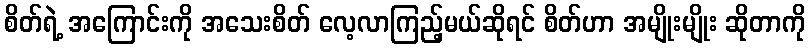
စိတ်ရဲ့ အကြောင်းကို အသေးစိတ် လေ့လာကြည့်မယ်ဆိုရင် စိတ်ဟာ အမျိုးမျိုး ဆိုတာကို